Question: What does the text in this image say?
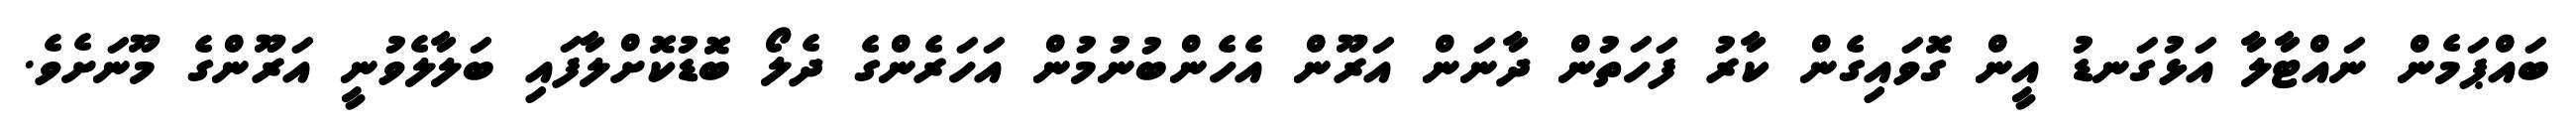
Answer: ބައްޕަމެން ނައްޓާލާ އަޅުގަނޑު އީން ގޮވައިގެން ކާރު ފަހަތުން ދާނަން އަރޫން އެހެންބުނުމުން އަހަރެންގެ ދެލޯ ބޮޑުކޮށްލާފައި ބަލާލެވުނީ އަރޫންގެ މޫނަށެވެ.